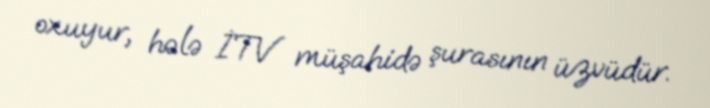
oxuyur, hələ İTV müşahidə şurasının üzvüdür.